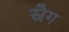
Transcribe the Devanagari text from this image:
स्नैग